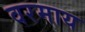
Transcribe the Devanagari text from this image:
वरमाय